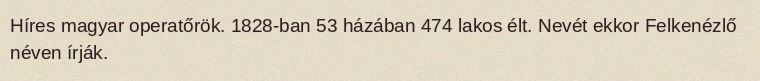
Híres magyar operatőrök. 1828-ban 53 házában 474 lakos élt. Nevét ekkor Felkenézlő néven írják.